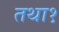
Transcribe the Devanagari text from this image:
तथा१